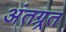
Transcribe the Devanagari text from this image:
अंतग्र्रत